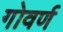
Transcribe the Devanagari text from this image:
गोवर्ण